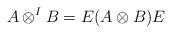
LaTeX: \begin{align*}A \otimes^I B = E(A\otimes B)E\end{align*}